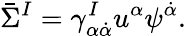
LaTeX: \bar{\Sigma}^{I}=\gamma_{\alpha\dot{\alpha}}^{I}u^{\alpha}\psi^{\dot{\alpha}}.